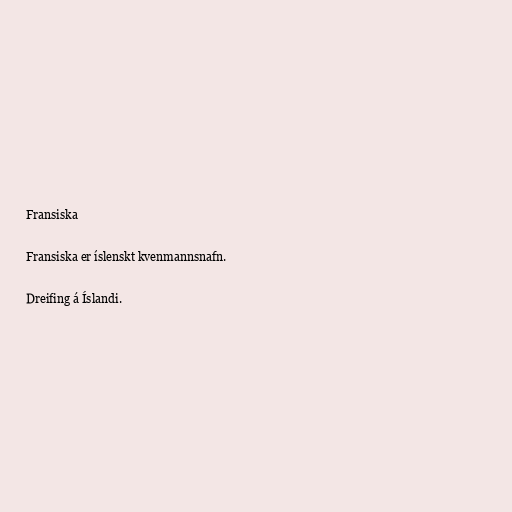
Fransiska

Fransiska er íslenskt kvenmannsnafn.

Dreifing á Íslandi.